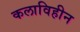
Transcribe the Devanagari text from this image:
कलाविहीन